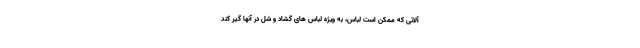
آلاتی که ممکن است لباس، به ویژه لباس های گشاد و شل در آنها گیر کند